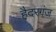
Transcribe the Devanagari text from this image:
हैदरगंज